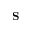
\mathbf { S }